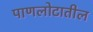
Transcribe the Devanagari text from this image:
पाणलोटातील